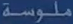
ملوسسة